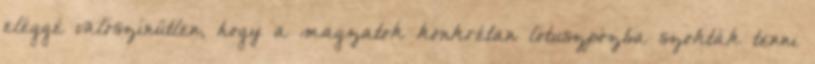
eléggé valószínűtlen, hogy a magzatok konkrétan lótuszpózba szokták tenni